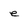
Character: e